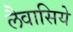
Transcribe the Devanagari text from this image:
लैवासिये